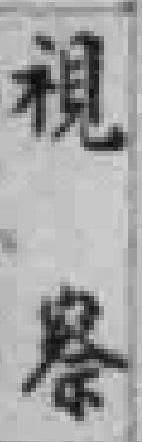
視察